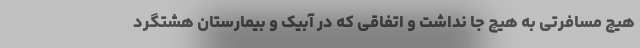
هیچ مسافرتی به هیچ جا نداشت و اتفاقی که در آبیک و بیمارستان هشتگرد